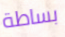
بساطة